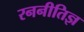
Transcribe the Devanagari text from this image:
रननीतिज्ञ